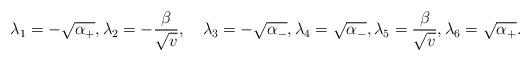
LaTeX: \begin{align*}\lambda_1=-\sqrt{\alpha_+},\lambda_2=-\frac{\beta}{\sqrt{v}},\quad\lambda_3=-\sqrt{\alpha_-},\lambda_4=\sqrt{\alpha_-},\lambda_5=\frac{\beta}{\sqrt{v}},\lambda_6=\sqrt{\alpha_+}. \end{align*}